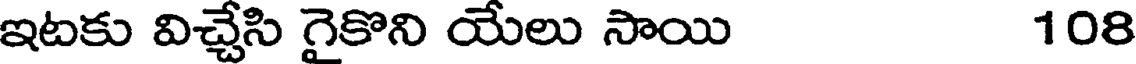
ఇటకు విచ్చేసి గైకొని యేలు సాయి 108